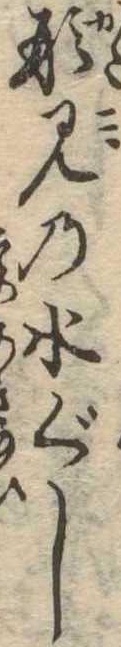
形見の水ぐし